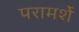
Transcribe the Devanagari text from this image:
परामर्शे